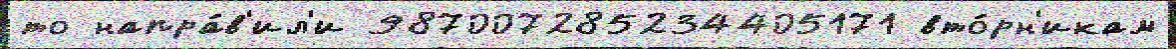
то напра́в'ил'и 987007285234405171 вто́рн'икам